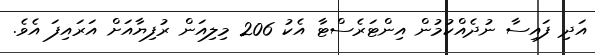
އަދި ފައިސާ ނުދެއްކުމުން އިންޓަރެސްޓާ އެކު 206 މިލިއަން ރުފިޔާއަށް އަރައިފަ އެވެ.